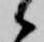
候